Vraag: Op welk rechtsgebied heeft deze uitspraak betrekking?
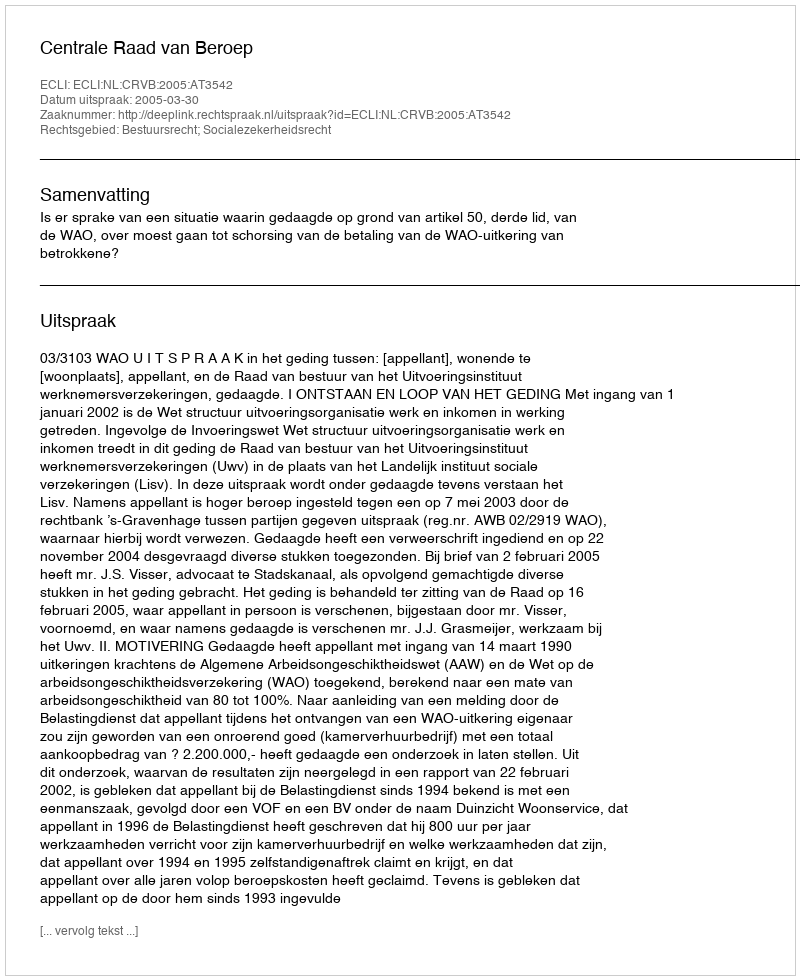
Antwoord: Bestuursrecht; Socialezekerheidsrecht